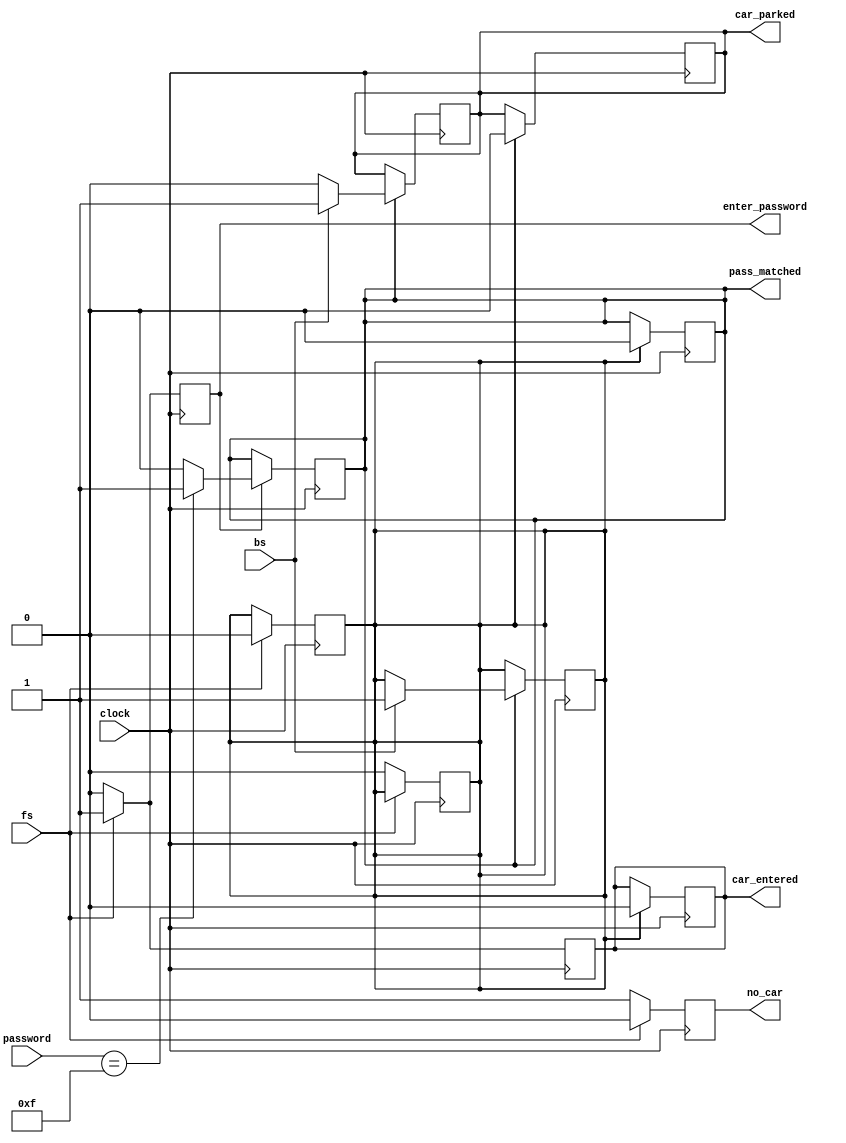
module park_car(fs,bs,clock,password,no_car,car_entered,enter_password,pass_matched,car_parked);
input clock;
input fs,bs;
input [3:0]password;
reg ack=0;
output  reg no_car,car_entered,enter_password,pass_matched,car_parked;

always @(posedge clock)
begin
if(fs==0)
begin
no_car <= #1 1'b1;
ack <= #1 1'b0;
end
else
no_car <= #1 1'b0;
end

always @(posedge clock)
begin
if(fs==1)
begin
car_entered <= #1 1'b1;
ack <= #1 1'b0;
end
else
car_entered <= #1 1'b0;
end

always @(posedge clock)
begin
if(fs==1)
begin
enter_password <= #1 1'b1;
end
else
enter_password  <= #1 1'b0;
end

always @(posedge clock)
begin
if(enter_password == 1)
if(password==4'b1111)
pass_matched <= #1 1'b1;
else
pass_matched <= #1 1'b0;
end

always @(posedge clock)
begin
if(pass_matched)
if(bs==1)begin
car_parked <= #1 1'b1;
ack <= #20 1'b1;
end
else
car_parked <= #1 1'b0;
end

always @(posedge clock)
begin
if(ack)begin
car_entered <= #1 1'b0;
pass_matched <= #1 1'b0;
car_parked <= #1 1'b0;
end
end
endmodule